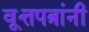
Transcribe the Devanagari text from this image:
वृ्त्तपत्रांनी